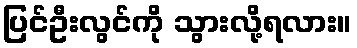
ပြင်ဦးလွင်ကို သွားလို့ရလား။